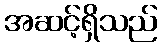
အဆင့်ရှိသည်